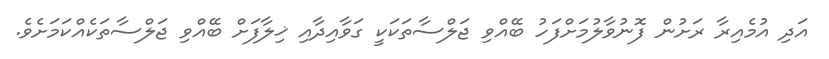
އަދި އުމެއިރާ ރަށުން ފޮނުވާލުމަށްފަހު ބޭއްވި ޖަލްސާތަކަކީ ގަވާއިދާއި ޚިލާފަށް ބޭއްވި ޖަލްސާތަކެއްކަމަށެވެ.